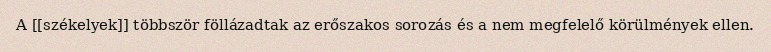
A [[székelyek]] többször föllázadtak az erőszakos sorozás és a nem megfelelő körülmények ellen.